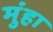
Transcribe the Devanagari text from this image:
मुंहा